French assistants in Scottish schools and training centres, 1931
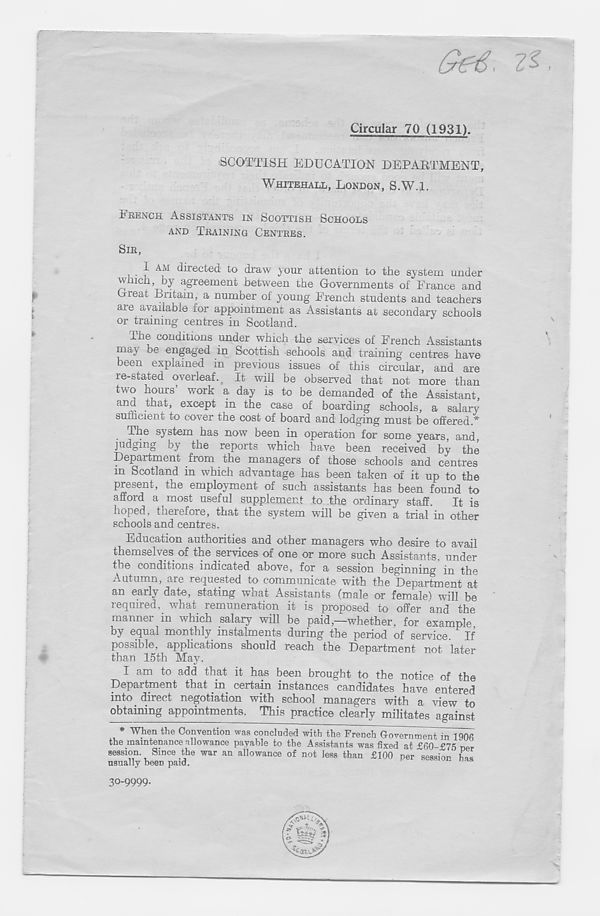
(jr(r€ < 7^
Circular 70 (1931)
SCOTTISH EDUCATION DEPARTMENT,
WHITEHALL, LONDON, S.W.l.
ERENCH ASSISTANTS IN SCOTTISH SCHOOLS
AND TRAINING CENTRES.
SIR,
I AM directed to draw your attention to the system under
which, by agreement between the Governments of France and
Gieat Dritain, a number of young Erench students and teachers
are available for appointment as Assistants at secondary schools
or training- centres in Scotland.
The conditions under which the services of Erench Assistants
may be engaged in Scottish schools and training centres have
been explained in previous issues of this circular, and are
re-stated overleaf. It will be observed that not more than
two hours’ work a day is to be demanded of the Assistant,
and that, except in the case of boarding schools, a salary
sufficient to cover the cost of board and lodging must be offered.*
The system has now been in operation for some years, and,
judging by the reports which have been received by the
Department fiom the managers of those schools and centres
in Scotland in which advantage has been taken of it up to the
present, the employment of such assistants has been found to
afford a most useful supplement to the ordinary staff.
It is
hoped, therefore, that the system will be given a trial in other
schools and centres.
Education authorities and other managers who desire to avail
themselves of the services of one or more such Assistants, under
the conditions indicated above, for a session beginning in the
Autumn, aie requested to communicate with the Department at
an early date, stating what Assistants (male or female) will be
required, what remuneration it is proposed to offer and the
manner in which salary will be paid,—whether, for example
by equal monthly instalments during the period of service. If
possible, applications should reach the Department not later
than 15th May.
I am to add that it has been brought to the notice of the
Department that in^ certain instances candidates have entered
into, direct negotiation with school managers with a view to
obtaining appointments. This practice clearly militates against
* When the Convention was concluded with the French CovernmenUn^TgOfi
the .maintenance "llowance payable to the Assistants was fixed at £60-£75 ner
session Since the war an allowance of not less than £100 per session biw
vies VIO 1 ITT rwi/an -noirt
r
U.
I I
usually been paid.
30-9999.